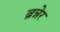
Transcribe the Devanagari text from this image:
ब्रन्नेर